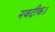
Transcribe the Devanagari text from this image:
नजदीक।